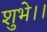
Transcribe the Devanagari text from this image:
शुभे।।